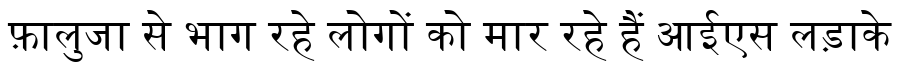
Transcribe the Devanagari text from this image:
फ़ालुजा से भाग रहे लोगों को मार रहे हैं आईएस लड़ाके